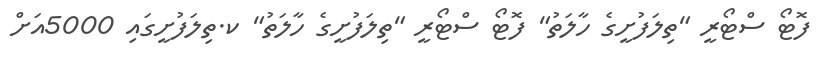
ފޮޓޯ ސްޓޯރީ "ތިލަފުށީގެ ހާލަތު" ފޮޓޯ ސްޓޯރީ "ތިލަފުށީގެ ހާލަތު" ކ.ތިލަފުށީގައި 5000އަށް